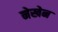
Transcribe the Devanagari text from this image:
नेखेन